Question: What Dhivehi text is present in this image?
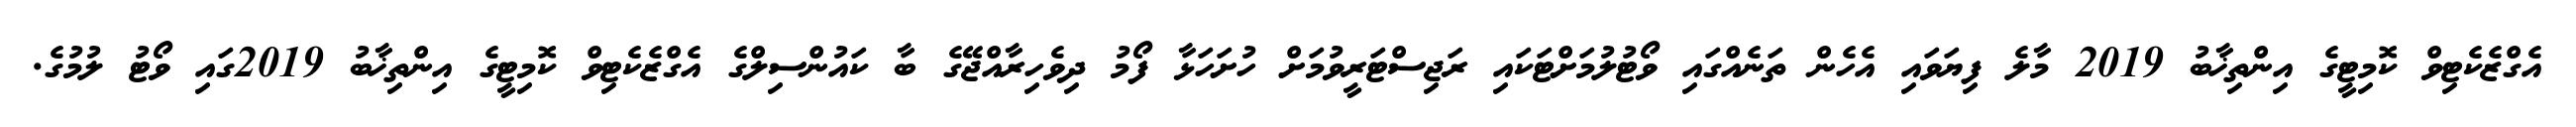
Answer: އެގްޒެކެޓިވް ކޮމިޓީގެ އިންތިޚާބު 2019 މާލެ ފިޔަވައި އެހެން ތަނެއްގައި ވޯޓުލުމަށްޓަކައި ރަޖިސްޓަރީވުމަށް ހުށަހަޅާ ފޯމު ދިވެހިރާއްޖޭގެ ބާ ކައުންސިލްގެ އެގްޒެކެޓިވް ކޮމިޓީގެ އިންތިޚާބު 2019ގައި ވޯޓު ލުމުގެ.